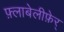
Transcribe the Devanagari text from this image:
फ़्लाबेलीफ़ेर्